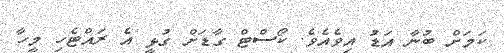
ކަމަށް ބުނާ އަޑު އިވެއެވެ. ކޯސްޓް ގާޑަށް ގުޅީ އެ ރައްޓެހި މީހާ